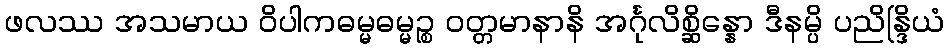
ဖလဿ အသမာယ ဝိပါကဓမ္မဓမ္မဉ္စ ဝတ္တမာနာနိ အင်္ဂုလိစ္ဆိန္နော ဒီနမ္ပိ ပညိန္ဒြိယံ